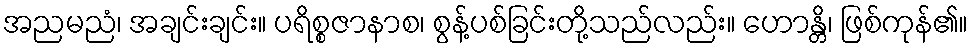
အညမညံ၊ အချင်းချင်း။ ပရိစ္စဇာနာစ၊ စွန့်ပစ်ခြင်းတို့သည်လည်း။ ဟောန္တိ၊ ဖြစ်ကုန်၏။